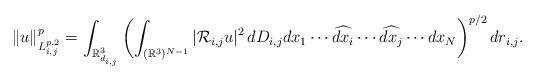
LaTeX: \begin{align*}\|u\|^p_{L^{p,2}_{i,j}}=\int_{\mathbb{R}^3_{d_{i,j}}}\left(\int_{(\mathbb{R}^3)^{N-1}}|\mathcal{R}_{i,j}u|^2\,dD_{i,j}dx_1\cdots\widehat{dx_i}\cdots\widehat{dx_j}\cdots dx_N\right)^{p/2}d r_{i,j}.\end{align*}